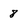
Character: 8